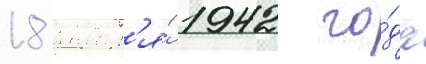
18 январ'я́ 1942 го́да